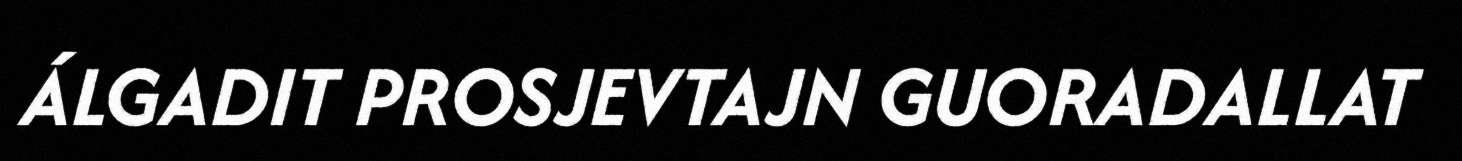
ÁLGADIT PROSJEVTAJN GUORADALLAT